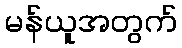
မန်ယူအတွက်